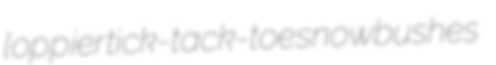
loppier tick-tack-toe snowbushes